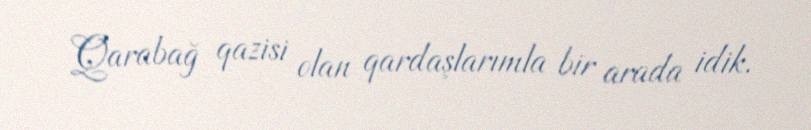
Qarabağ qazisi olan qardaşlarımla bir arada idik.